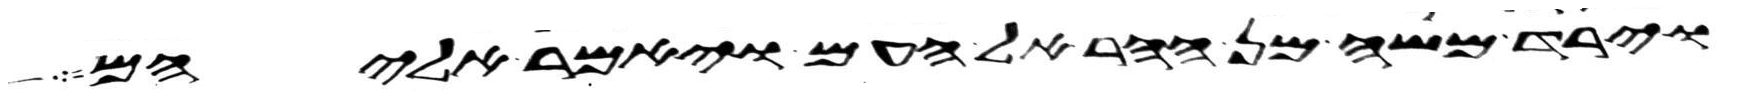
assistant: וירד משה מן ההר אל העם ויאמר אליהם